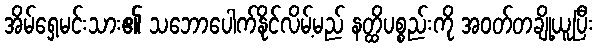
အိမ်ရှေ့မင်းသား၏ သဘောပေါက်နိုင်လိမ့်မည် နတ္ထိပစ္စည်းကို အဝတ်တချို့ယူပြီး